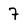
Character: 7